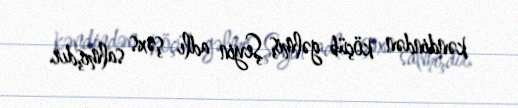
kəndindən köçüb gəlmiş Şeyin adlı şəxs salmışdır.